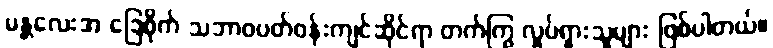
မန္တလေးအ ခြေစိုက် သဘာဝပတ်ဝန်းကျင်ဆိုင်ရာ တက်ကြွ လှုပ်ရှားသူများ ဖြစ်ပါတယ်။